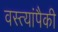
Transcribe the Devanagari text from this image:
वस्त्यांपैकी